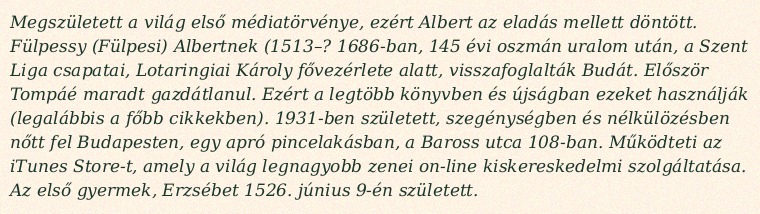
Megszületett a világ első médiatörvénye, ezért Albert az eladás mellett döntött. Fülpessy (Fülpesi) Albertnek (1513–? 1686-ban, 145 évi oszmán uralom után, a Szent Liga csapatai, Lotaringiai Károly fővezérlete alatt, visszafoglalták Budát. Először Tompáé maradt gazdátlanul. Ezért a legtöbb könyvben és újságban ezeket használják (legalábbis a főbb cikkekben). 1931-ben született, szegénységben és nélkülözésben nőtt fel Budapesten, egy apró pincelakásban, a Baross utca 108-ban. Működteti az iTunes Store-t, amely a világ legnagyobb zenei on-line kiskereskedelmi szolgáltatása. Az első gyermek, Erzsébet 1526. június 9-én született.